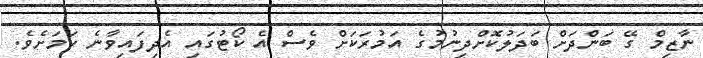
ނާޒިމް ގޭ ބަންދަށް ބަދަލުކޮށްދިނުމުގެ އަމުރަކަށް ވެސް އެ ކޯޓުގައި އެދިފައިވާނެ ކަމަށެވެ.